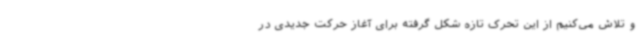
و تلاش می‌کنیم از این تحرک تازه شکل گرفته برای آغاز حرکت جدیدی در